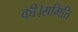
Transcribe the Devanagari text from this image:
की।समिति